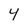
Character: 4